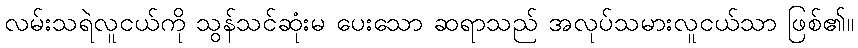
လမ်းသရဲလူငယ်ကို သွန်သင်ဆုံးမ ပေးသော ဆရာသည် အလုပ်သမားလူငယ်သာ ဖြစ်၏။